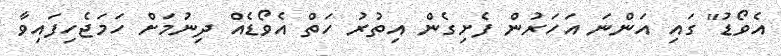
އެވޯޑު" ގައި އަންނަ އަހަރުން ފެށިގެން އިތުރު ހަތް އެވޯޑެއް ދިނުމަށް ހަމަޖެހިފައިވާ